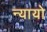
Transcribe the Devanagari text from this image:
न्यायो